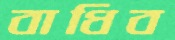
বাধিব